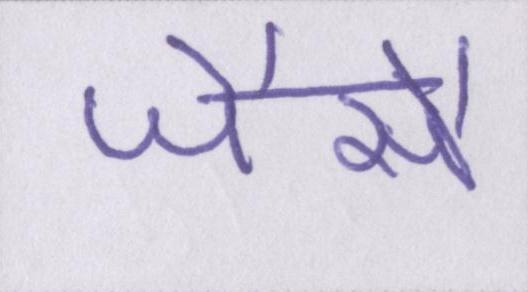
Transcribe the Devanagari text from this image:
जैसै